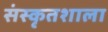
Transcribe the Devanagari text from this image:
संस्कृतशाला